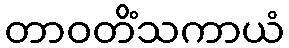
တာဝတိံသကာယံ